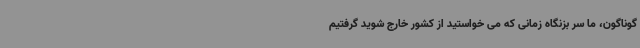
گوناگون، ما سر بزنگاه زمانی که می خواستید از کشور خارج شوید گرفتیم